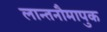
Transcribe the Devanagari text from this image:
लान्तनौमापुक